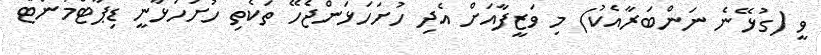
ވީ (ގުޅޭނެ ނަންބަރާއެކު) މި ވަޒީފާއަށް އެދި ހުށަހަޅަންޖެހޭ ތަކެތި ހުށަހަޅާނީ ޑިޕާޓްމަންޓް